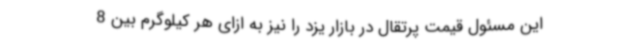
این مسئول قیمت پرتقال در بازار یزد را نیز به ازای هر کیلوگرم بین 8